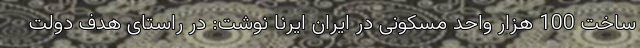
ساخت 100 هزار واحد مسکونی در ایران ایرنا نوشت: در راستای هدف دولت